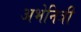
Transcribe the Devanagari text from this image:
अभेनित्री